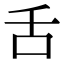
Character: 𠯑